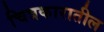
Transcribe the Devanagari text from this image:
चित्रकारातील